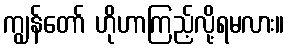
ကျွန်တော် ဟိုဟာကြည့်လို့ရမလား။